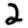
Digit: 2